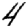
Digit: 4